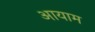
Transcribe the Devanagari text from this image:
अायाम